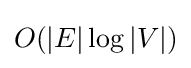
O(|E|\log |V|)